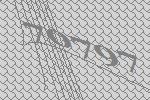
70797